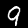
Digit: 9